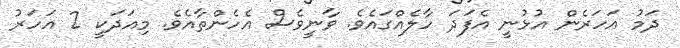
ދަމު އަހަރެން އުޅުނީ އެފަދަ ހާލެއްގައެވެ. ވާނީވެސް އެހެންތާއެވެ. މިއަދަކީ 2 އަހަރު